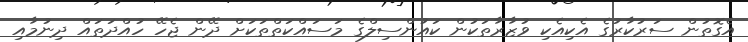
އެގޮތުން ސަރުކާރުގެ އެކިއެކި ވުޒާރާތަކުން ކައުންސިލްގެ މަސައްކަތްތަކަށް ދޭން ޖެހޭ ހުއްދަތައް ދިނުމާއި